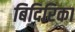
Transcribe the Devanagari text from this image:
बिदिरिका